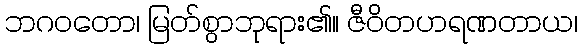
ဘဂဝတော၊ မြတ်စွာဘုရား၏။ ဇီဝိတဟရဏတာယ၊